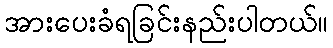
အားပေးခံရခြင်းနည်းပါတယ်။